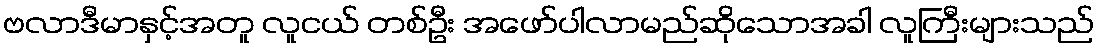
ဗလာဒီမာနှင့်အတူ လူငယ် တစ်ဦး အဖော်ပါလာမည်ဆိုသောအခါ လူကြီးများသည်